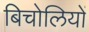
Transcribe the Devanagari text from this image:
बिचोलियों